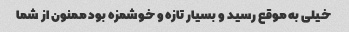
خیلی به موقع رسید و بسیار تازه و خوشمزه بود ممنون از شما